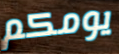
يومكم